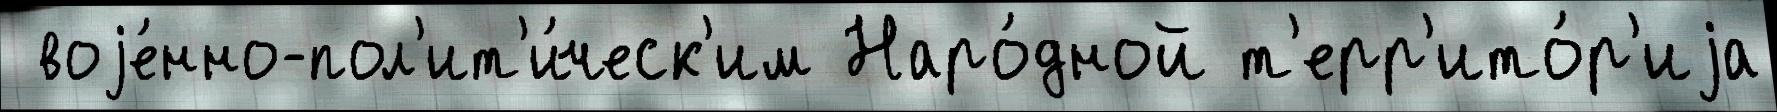
 воjе́нно-пол'ит'и́ческ'им Наро́дной т'ерр'ито́р'иjа